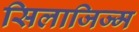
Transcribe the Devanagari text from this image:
सिलाजिज्म